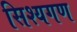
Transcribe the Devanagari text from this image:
सिश्यगण